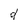
Character: d